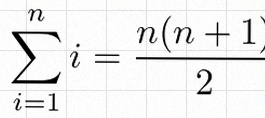
\sum_{i=1}^{n}i=\frac{n(n+1)}2